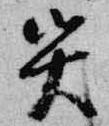
災